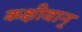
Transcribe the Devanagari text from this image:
कक्षीवान्